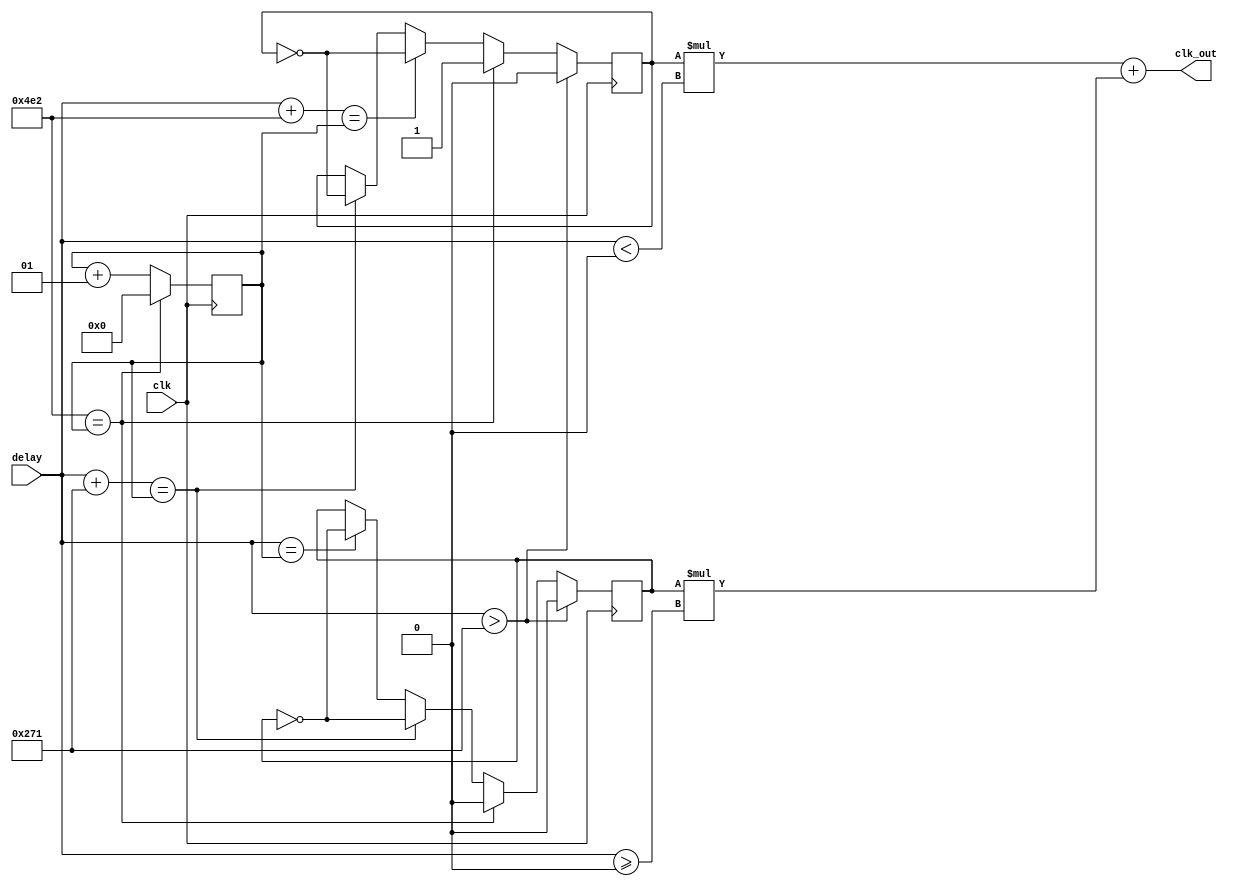
module signal_shift_2 (
     input  clk,
     input  signed [10:0] delay,
     output clk_out
   );
   //delay nie byc rowne 0; delay != 0
   
   localparam signed TICK_WAIT  = 625;
   localparam signed TICK_WAIT2 = 1250;
   localparam signed TICK_WAIT3 = 1875;
   
   reg tmp0 = 0;
   reg tmp1 = 1;
   reg signed [11:0] counter = 0;
   
   always @(posedge clk) 
   begin
     
     counter <= counter + 1;
     
     if(delay == counter)              tmp0 <= ~tmp0;
     if(delay + TICK_WAIT == counter)  begin 
       tmp0 <= ~tmp0;
       tmp1 <= ~tmp1;
     end
     if(delay + TICK_WAIT2 == counter) tmp1 <= ~tmp1;
     /*if(delay == counter)              tmp0 <= ~tmp0;
     if(delay + TICK_WAIT == counter)  begin 
       tmp0 <= ~tmp0;
       tmp1 <= ~tmp1;
     end
     if(delay + TICK_WAIT2 == counter) begin 
       tmp0 <= ~tmp0;
       tmp1 <= ~tmp1;
     end
     if(delay + TICK_WAIT3 == counter) tmp1 <= ~tmp1;
     if(TICK_WAIT3 == counter)         counter <= 0;*/
     if(TICK_WAIT2 == counter)         begin 
       tmp0 <= 0;
       tmp1 <= 1;
       counter <= 0;
     end
     if(delay > TICK_WAIT) begin
       tmp0 <= 0;
       tmp1 <= 0;
     end
   end

   assign clk_out = tmp1 * (delay < 0) + tmp0 * (delay >= 0);
endmodule